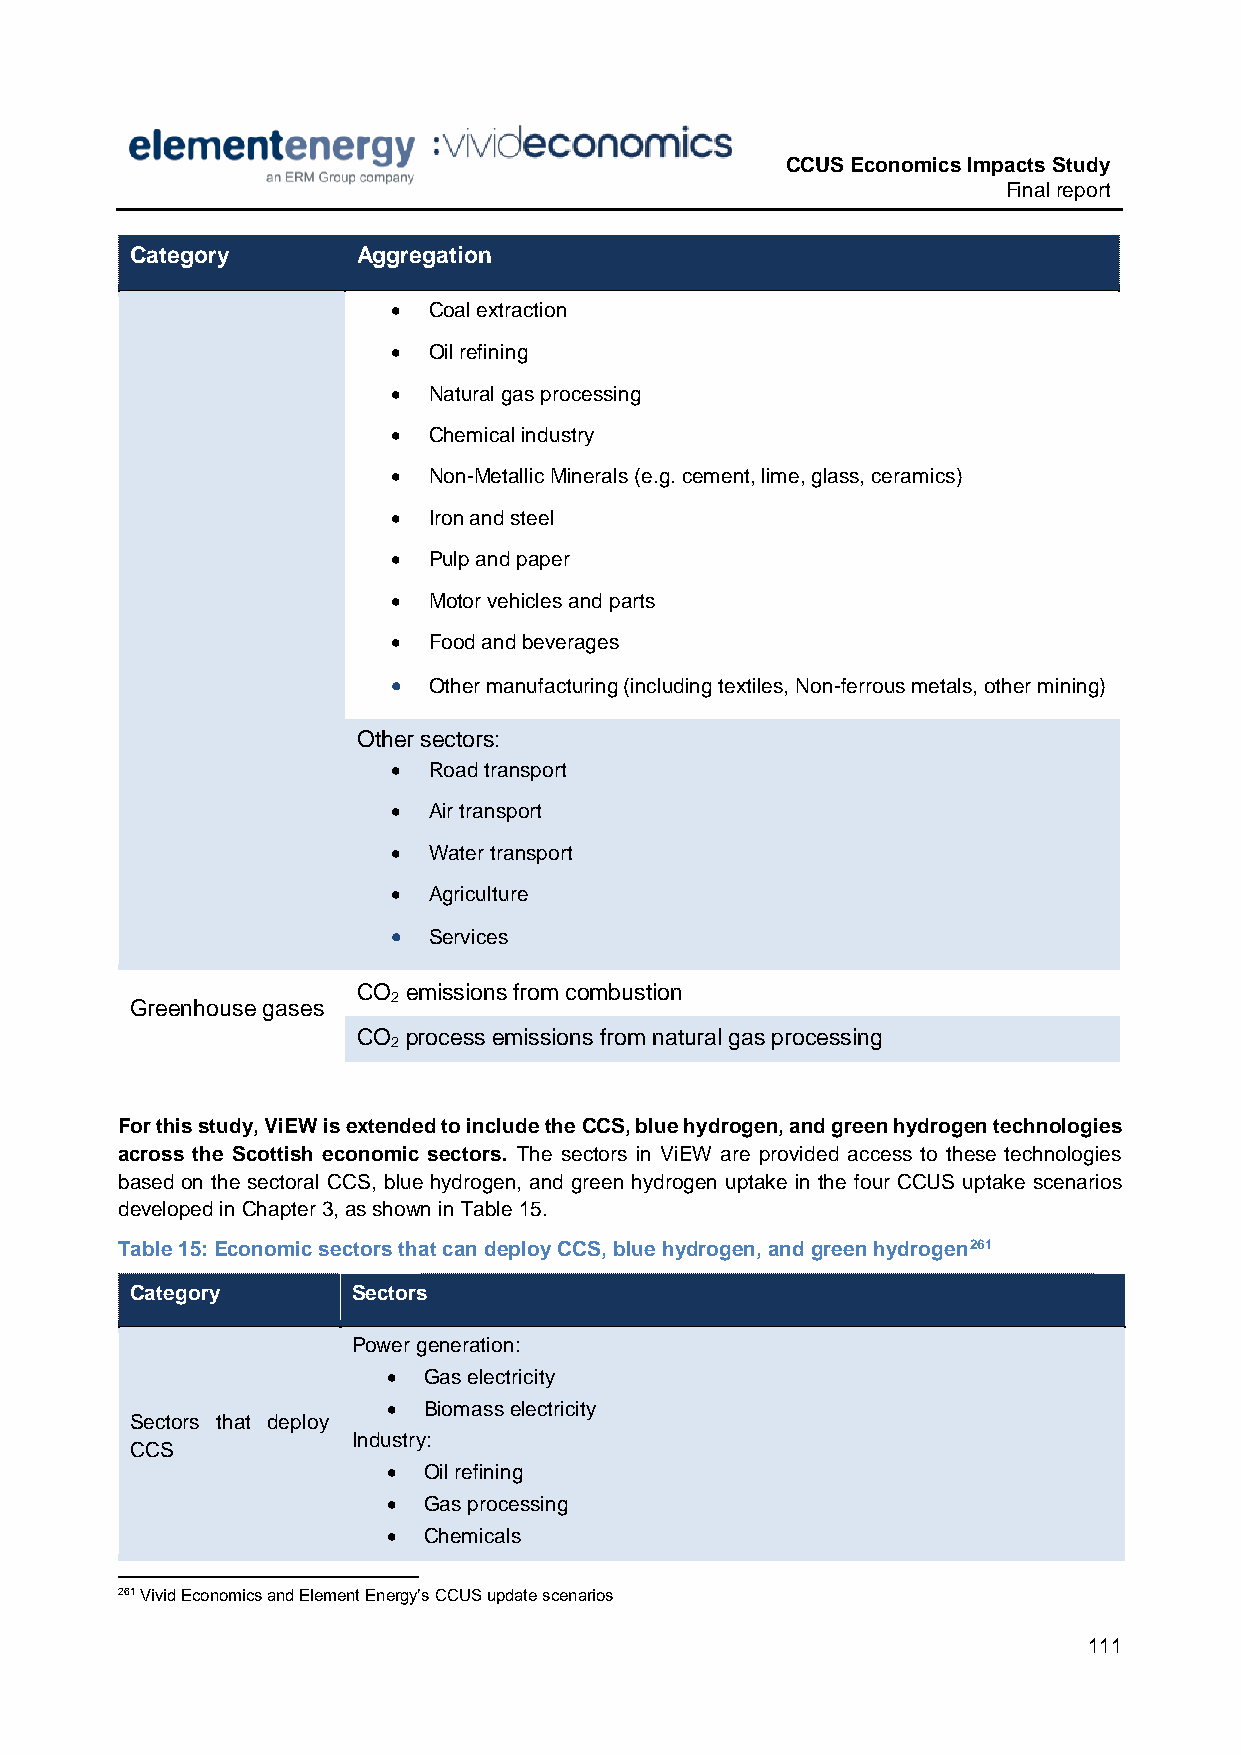
CCUS Economics Impacts Study
 Final report
 Category       Aggregation
  Coal extraction
  Oil refining
  Natural gas processing
  Chemical industry
  Non-Metallic Minerals (e.g. cement, lime, glass, ceramics)
  Iron and steel
  Pulp and paper
  Motor vehicles and parts
  Food and beverages
  Other manufacturing (including textiles, Non-ferrous metals, other mining)
 Other sectors:
  Road transport
  Air transport
  Water transport
  Agriculture
  Services
 CO emissions from combustion
 2
 Greenhouse gases
 CO process emissions from natural gas processing
 2
 For this study, ViEW is extended to include the CCS, blue hydrogen, and green hydrogen technologies
 across the Scottish economic sectors. The sectors in ViEW are provided access to these technologies
 based on the sectoral CCS, blue hydrogen, and green hydrogen uptake in the four CCUS uptake scenarios
 developed in Chapter 3, as shown in Table 15.
 Table 15: Economic sectors that can deploy CCS, blue hydrogen, and green hydrogen261
 Category      Sectors
 Power generation:
  Gas electricity
  Biomass electricity
 Sectors that deploy
 Industry:
 CCS
  Oil refining
  Gas processing
  Chemicals
 261 Vivid Economics and Element Energy’s CCUS update scenarios
 111